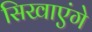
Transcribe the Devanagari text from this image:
सिखाएंगे